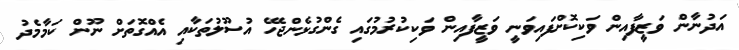
އަދުނާން ވަޒީފާއިން ވަކިކޮށްފައިވަނީ ވަޒީފާއިން ވަކިކުރުމުގައި ގެންގުޅެންޖެހޭ އުސޫލުތަކާއި އެއްގޮތަށް ނޫން ކަމާމެދު